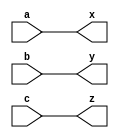
module top (input a, b, c, output x, y, z);
	assign x = a, y = b, z = c;
endmodule